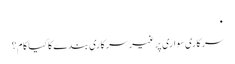
٠
‎سرکاری سواری پر غیر سرکاری بندے کا کیا کام ؟